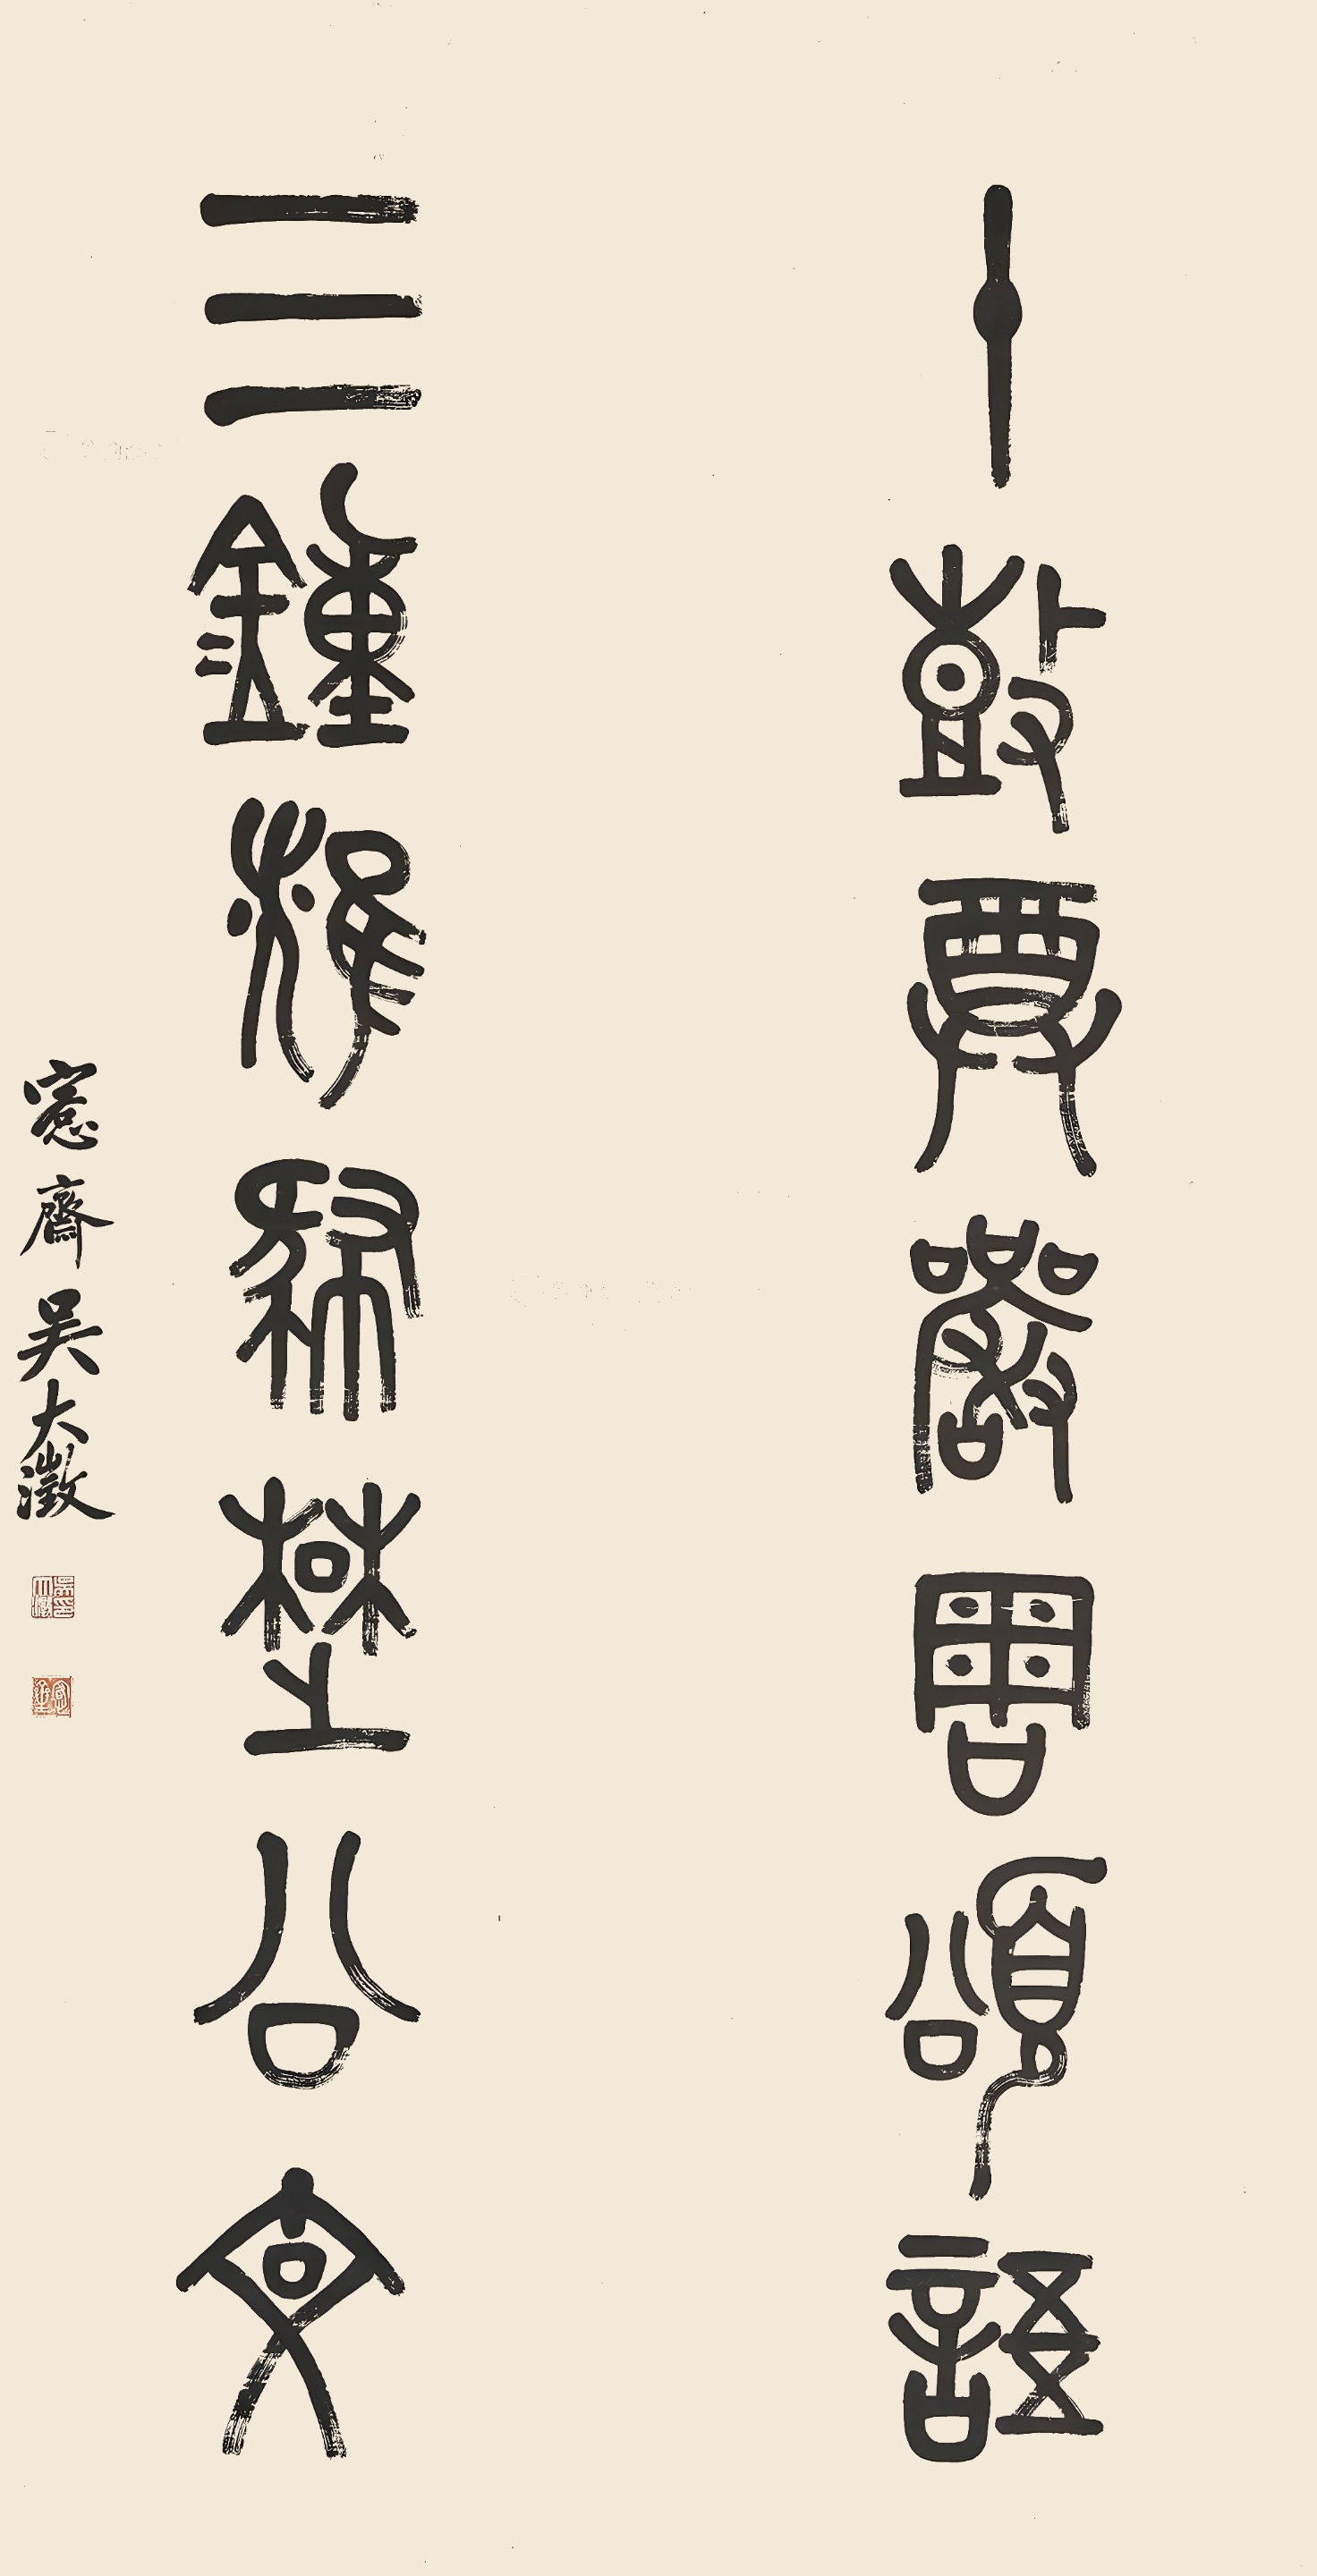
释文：十鼓尊严周颂语，三钟雄肆楚公文。愙斋吴大澄。